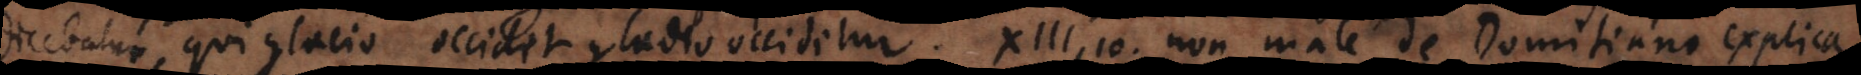
dicebatur, qui gladio occidet gladio occidetur, XIII, 10, non male de Domitiano explicab